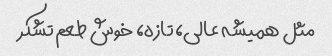
مثل همیشه عالی، تازه، خوش طعم تشکر